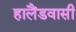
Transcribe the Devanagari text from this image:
हालैंडवासी